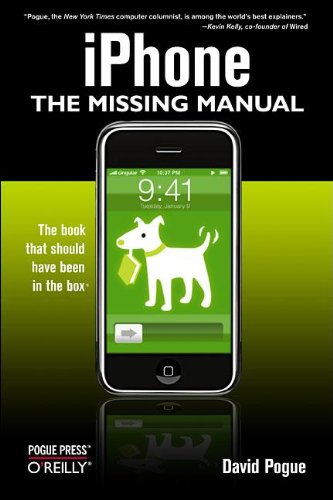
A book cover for iPhone: The Missing Manual; David Pogue; Computers & Technology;